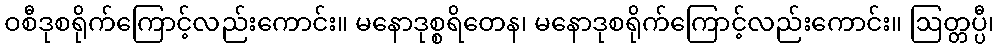
ဝစီဒုစရိုက်ကြောင့်လည်းကောင်း။ မနောဒုစ္စရိတေန၊ မနောဒုစရိုက်ကြောင့်လည်းကောင်း။ ဩတ္တပ္ပီ၊